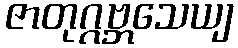
ဇာတုဂ္ဂဗ္ဘသေယျ